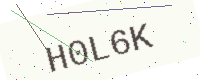
Text: H0L6K